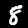
Digit: 8